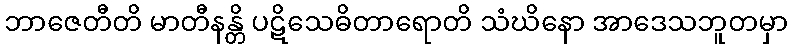
ဘာဇေတီတိ မာတီနန္တိ ပဋိသေဓိတာရောတိ သံဃိနော အာဒေသဘူတမှာ